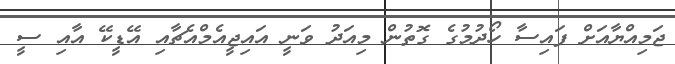
ޖަމިއްޔާއަށް ފައިސާ ހޯދުމުގެ ގޮތުން މިއަދު ވަނީ އައިޖީއެމްއެޗާއި އޭޑީކޭ އާއި ސީ